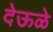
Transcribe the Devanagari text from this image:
देऊळे